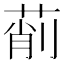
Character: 萷